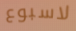
لاسبوع